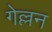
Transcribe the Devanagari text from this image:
गेल्लन